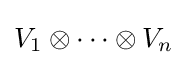
V_{1}\otimes \cdots \otimes V_{n}\!